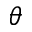
\theta